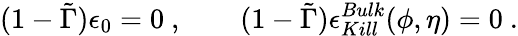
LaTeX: (1-\tilde{\Gamma})\epsilon_{0}=0\ ,\qquad(1-\tilde{\Gamma})\epsilon_{Kill}^{Bulk}(\phi,\eta)=0\ .